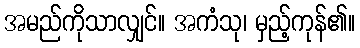
အမည်ကိုသာလျှင်။ အကံသု၊ မှည့်ကုန်၏။